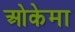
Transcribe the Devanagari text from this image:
ओकेमा